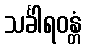
သင်္ခါရဝန္တံ